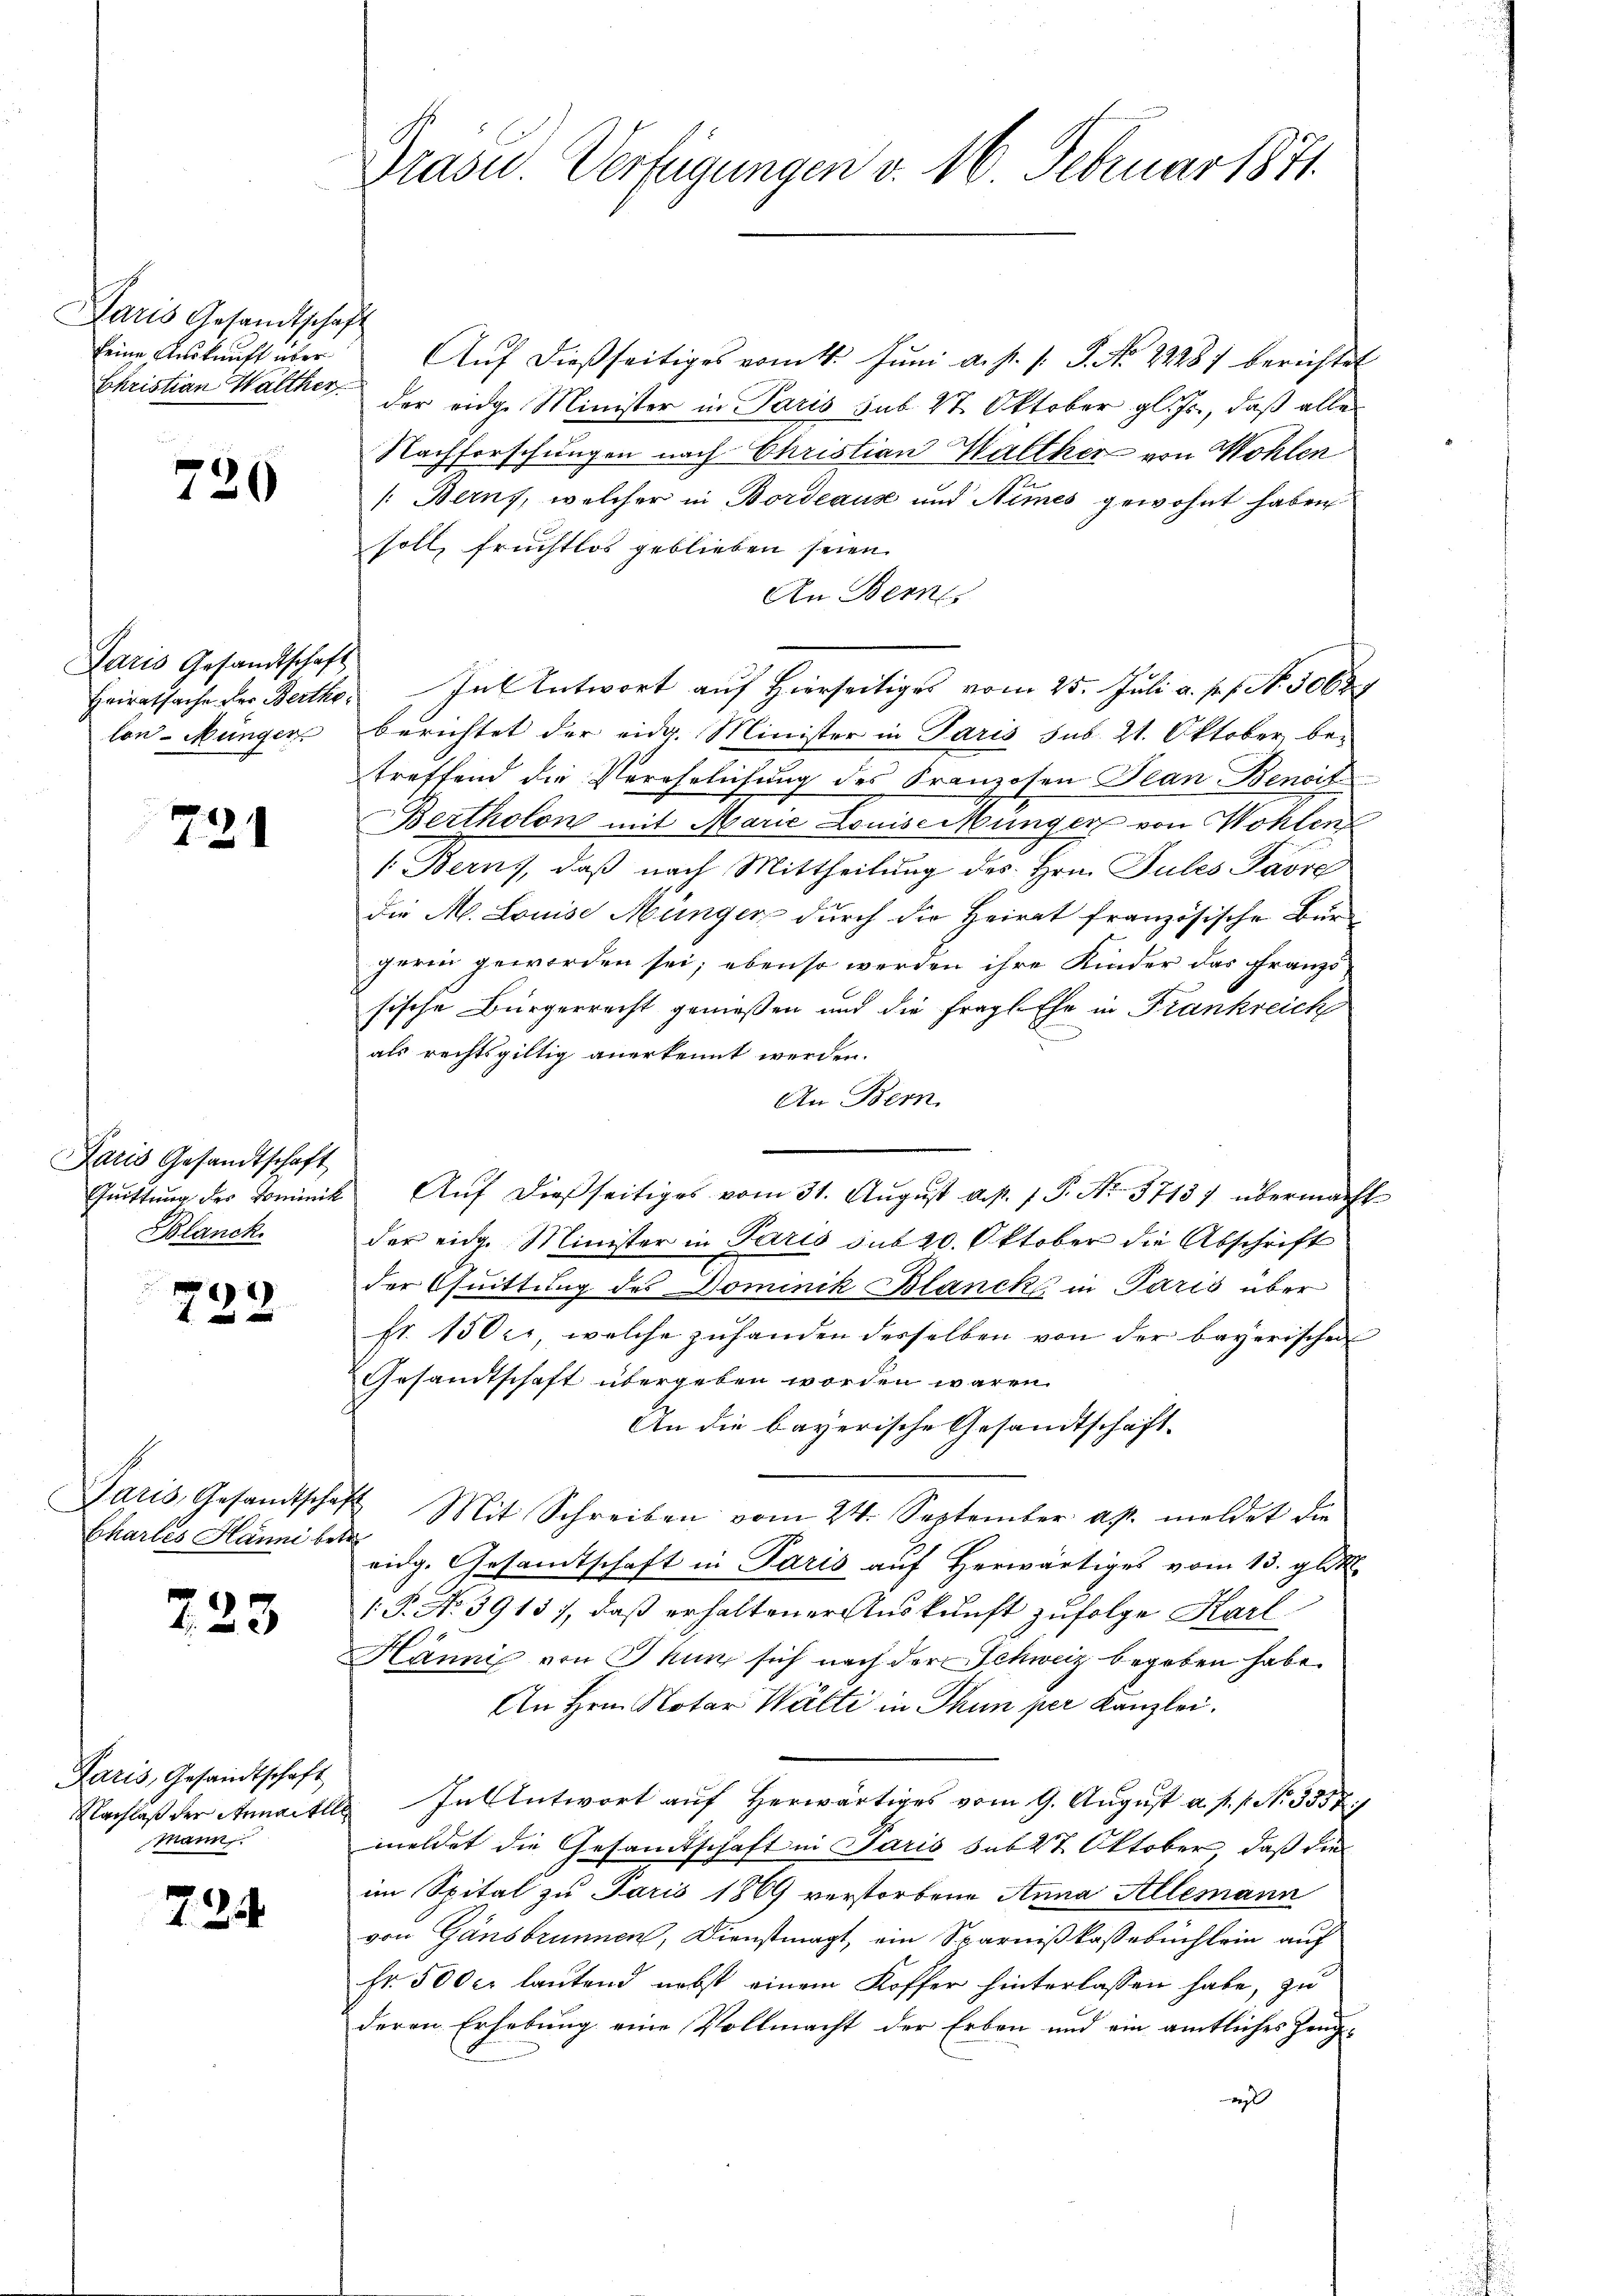
Paris Gesandtschaft
keine Auskunft über

720

Paris Gesandtschaft
lon-Münger

731

Paris Gesandtschaft
Quittung des Dominik
Blanck.

722

Chartes Hanni betr

223

Paris, Gesandtschaft
Nachlaß der Annaitte
mann.

724

Präsid.. Verfügungen v. 16. Februar 1871

Aŭf dießseitiges vom 1. Jŭni a. p. s. S. No 2228) berichtet
Christian Walther, der eidge Minister in Paris sub 27. Oktober gl. Js., daß alle
Nachforschungen nach Christian Walther von Wohlen
/: Berns, welcher in Bordeause und Nimes gewohnt haben
soll, fruchtlos geblieben seien.
An Berne
Heiratsache der Bertho. In Antwort aŭf hierseitiges vom 25. Juli a. p. f. N. 30689
berichtet der eidg. Minister in Paris sub. 21. Oktober be-
treffend die Verehelichung des Franzosen Plan Benoit
Bertholon mit Marie Louise Münger von Wohlen
1. Berns, daß nach Mittheilung des Hrn. Pules Pare
die M. Louise Münger durch die Heirat französische Bürgerin geworden sei; ebenso werden ihre Kinder das Franzs
sische Bürgerrecht genießen und die fragl. Ehe in Frankreich
als rechtsgültig anerkennt werden.
An Bern.
Auf dießseitiges vom 31. August a. p. 1 P. Nr. 3713) übermacht
der eidg. Minister in Paris sub 20. Oktober die Abschrift
der Quittung des Dominik Blanck in Paris über
fr. 150 l., welche zuhanden desselben von der bayerischen
Gesandtschaft übergeben worden wären.
An die bayerische Gesandtschaft.
Paris, Gesandtschaft Mit Schreiben vom 24. September ap. meldet die
eidg. Gesandtschaft in Paris auf herwärtiges vom 13. gl
[P. No 3913), daß erhaltener Auskunft zufolge Karl
Hännis von Thun sich nach der Schweiz begeben habe.
An Hrn. Notar Wälti in Thun per Kanzlei.
 In Antwort auf Herwärtiges vom 9. August a. p. p. N. 3557/
meldet die Gesamtschaft in Paris sub 27 Oktober, daß die
im Spital zu Paris 1869 verstorbene Anna Allemann
von Gänsbrunnen, Dienstmagt, ein Sparnißkaßebüchlein auf
Fr. 5000 lautend nebst einem Koffer hinterlassen habe, zu
deren Erhebung eine Vollmacht der Erben und ein amtliches Zeuge